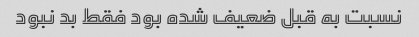
نسبت به قبل ضعیف شده بود فقط بد نبود